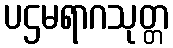
ပဌမရာဂသုတ္တ